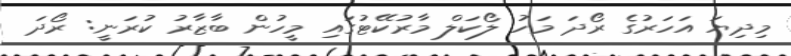
މިދިޔަ އަހަރުގެ ރޯދަ މަހު ލޯކަލް މާރުކޭޓުގައި މީހުން ބާޒާރު ކުރަނީ: ރޯދަ